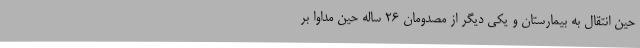
حین انتقال به بیمارستان و یکی دیگر از مصدومان ۲۶ ساله حین مداوا بر